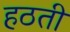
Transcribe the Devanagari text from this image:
हठती